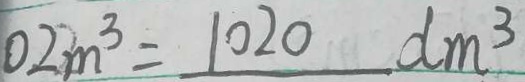
0 2 m ^ { 3 } = 1 0 2 0 d m ^ { 3 }